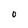
Character: O